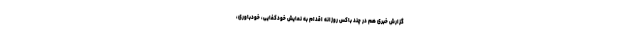
گزارش خبری هم در چند باکس روزانه اقدام به نمایش خودکفایی، خودباوری،